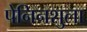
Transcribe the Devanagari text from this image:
पेनिनशुला